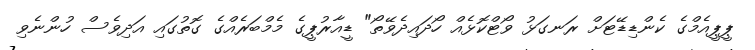
ޕީޕީއެމްގެ ކެންޑިޑޭޓަށް ރަނގަޅު ވޯޓްކޮޅެއް ހޯދައިދެވޭތޯ" ޑީއާރުޕީގެ މެމްބަރެއްގެ ގޮތުގައި އަދިވެސް ހުންނެވި